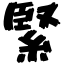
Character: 緊